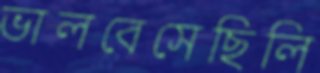
ভালবেসেছিলি